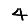
Digit: 4